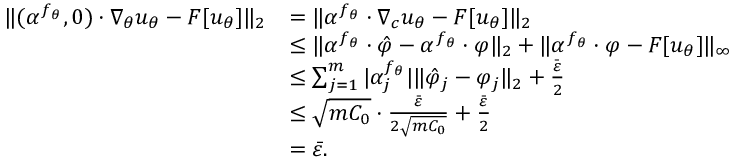
\begin{array} { r l } { \| ( \alpha ^ { f _ { \theta } } , 0 ) \cdot \nabla _ { \theta } u _ { \theta } - F [ u _ { \theta } ] \| _ { 2 } } & { = \| \alpha ^ { f _ { \theta } } \cdot \nabla _ { c } u _ { \theta } - F [ u _ { \theta } ] \| _ { 2 } } \\ & { \le \| \alpha ^ { f _ { \theta } } \cdot \hat { \varphi } - \alpha ^ { f _ { \theta } } \cdot \varphi \| _ { 2 } + \| \alpha ^ { f _ { \theta } } \cdot \varphi - F [ u _ { \theta } ] \| _ { \infty } } \\ & { \le \sum _ { j = 1 } ^ { m } | \alpha _ { j } ^ { f _ { \theta } } | \| \hat { \varphi } _ { j } - \varphi _ { j } \| _ { 2 } + \frac { \bar { \varepsilon } } { 2 } } \\ & { \le \sqrt { m C _ { 0 } } \cdot \frac { \bar { \varepsilon } } { 2 \sqrt { m C _ { 0 } } } + \frac { \bar { \varepsilon } } { 2 } } \\ & { = \bar { \varepsilon } . } \end{array}